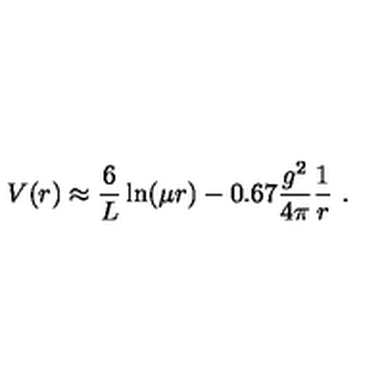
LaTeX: V ( r ) \approx \frac { 6 } { L } \ln ( \mu r ) - 0 . 6 7 \frac { g ^ { 2 } } { 4 \pi } \frac { 1 } { r } \ .